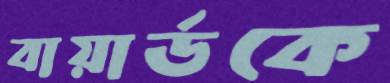
বায়ার্ডকে